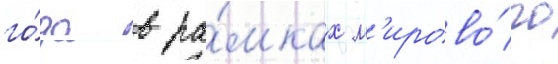
го́да в ра́мках м'ирово́го